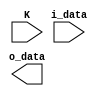
module encoder_8b10b(
	input [7:0] i_data,   // 8 bit data
	input K,              // control input ACTIVE HIGH
	output [9:0] o_data   // encoded 10b data
	);
	
	// input wires
	wire A,B,C,D,E,F,G,H;
	assign A = i_data[0];
	assign B = i_data[1];
	assign C = i_data[2];
	assign D = i_data[3];
	assign E = i_data[4];
	assign F = i_data[5];
	assign G = i_data[6];
	assign H = i_data[7];
	
	// output wires
	wire a,b,c,d,e,i,f,g,h,j;  
	
	// logic functions (fig. 3)
	wire L04,L40,L13,L31,L22;
	reg [2:0] line_sum; 
	
	always @ (*)
		begin
			line_sum = A + B + C + D;  // sum of i_data[3:0]
		end 
		
	assign L04 = (line_sum == 0) ? 1:0;  // 0 ones and 4 zeros
	assign L40 = (line_sum == 4) ? 1:0;  // 4 ones and 0 zeros
	assign L13 = (line_sum == 1) ? 1:0;  // 1 one and 3 zeros
	assign L31 = (line_sum == 3) ? 1:0;  // 3 ones and 1 zero
	assign L22 = (line_sum == 2) ? 1:0;  // 2 ones and 2 zeros
	
	// 5b/6b ecnoding (fig. 7) -- statments simplified using DeMorgan's thm and basic boolean algebra
	assign a = A ^ COMPLS6;
	assign b = ((~L40 & B) | L04) ^ COMPLS6;
	assign c = ((L13 & D & E) | (L04 | C)) ^ COMPLS6;
	assign d = (D & ~L40) ^ COMPLS6;
	assign e = ((L13 & ~E) | (E & (~L13 | ~E | ~D))) ^ COMPLS6;
	assign i = ((~E & L22) | (L22 & K) | (L04 & E) | (E & L40) | (E & L13 & ~D)) ^ COMPLS6;
	
endmodule